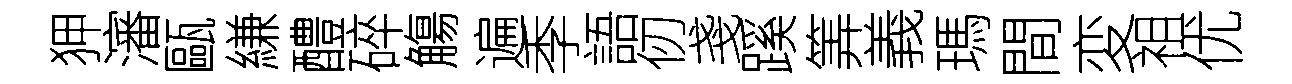
狎瀋甌縑醴碎觴遍季語仞戔蹊筭義瑪間変祖优